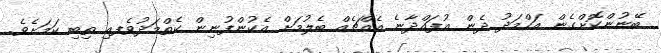
ބޭނުންކޮށްގެން އަހްމަދު ދެން އުފައްދާނެ އެއްޗެއް ބެލުމަށް އެކުންފުނިން ކެތްމަދުވެފއި ތިބި ކަމަށެވެ.